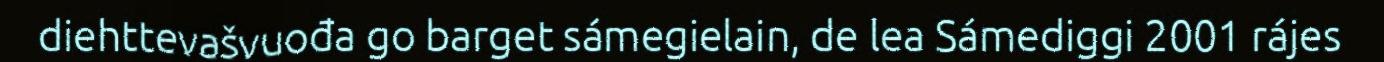
diehttevašvuođa go barget sámegielain, de lea Sámediggi 2001 rájes